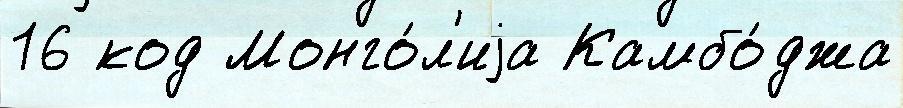
16 код Монго́л'иjа Камбо́джа